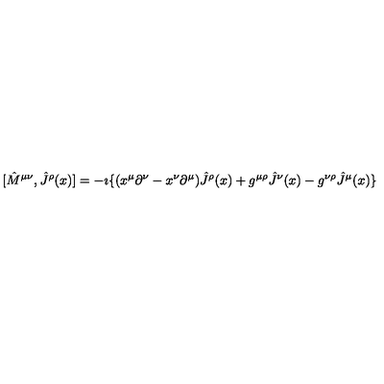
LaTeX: [ { \hat { M } } ^ { \mu \nu } , { \hat { J } } ^ { \rho } ( x ) ] = - \imath \{ ( x ^ { \mu } \partial ^ { \nu } - x ^ { \nu } \partial ^ { \mu } ) { \hat { J } } ^ { \rho } ( x ) + g ^ { \mu \rho } { \hat { J } } ^ { \nu } ( x ) - g ^ { \nu \rho } { \hat { J } } ^ { \mu } ( x ) \}